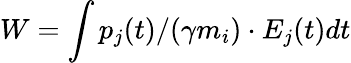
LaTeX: W=\int p_{j}(t)/(\gamma m_{i})\cdot E_{j}(t)dt